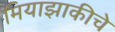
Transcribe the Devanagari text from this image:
मियाझाकीचे